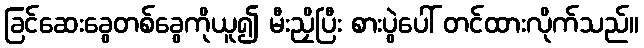
ခြင်ဆေးခွေတစ်ခွေကိုယူ၍ မီးညှိပြီး စားပွဲပေါ် တင်ထားလိုက်သည်။